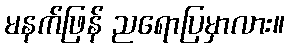
မနက်ဖြန် ညရောပြမှာလား။